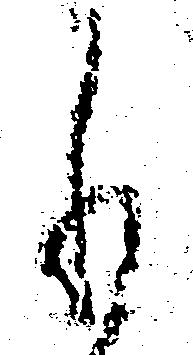
も